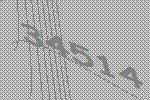
34514